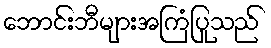
ဘောင်းဘီများအကြံပြုသည်